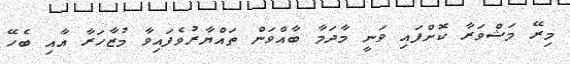
މިރޭ މަޝްވަރާ ކޮށްފައި ވަނީ މާދަމާ ބާއްވަން ތައްޔާރުވެފައިވާ މުޒާހަރާ އާއި ބެހޭ